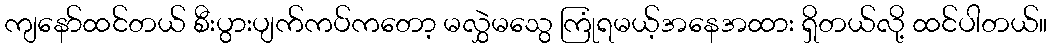
ကျနော်ထင်တယ် စီးပွားပျက်ကပ်ကတော့ မလွှဲမသွေ ကြုံရမယ့်အနေအထား ရှိတယ်လို့ ထင်ပါတယ်။